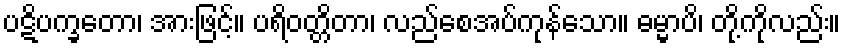
ပဋိပက္ခတော၊ အားဖြင့်။ ပရိဝတ္တိတာ၊ လည်စေအပ်ကုန်သော။ ဓမ္မာပိ၊ တို့ကိုလည်း။